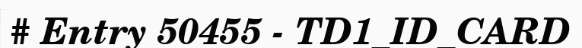
# Entry 50455 - TD1_ID_CARD